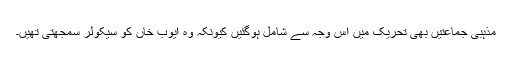
مذہبی جماعتیں بھی تحریک میں اس وجہ سے شامل ہوگئیں کیونکہ وہ ایوب خاں کو سیکولر سمجھتی تھیں۔